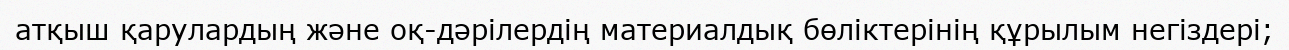
атқыш қарулардың және оқ-дәрілердің материалдық бөліктерінің құрылым негіздері;